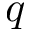
q